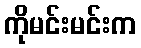
ကိုမင်းမင်းက